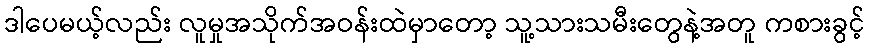
ဒါပေမယ့်လည်း လူမှုအသိုက်အဝန်းထဲမှာတော့ သူ့သားသမီးတွေနဲ့အတူ ကစားခွင့်